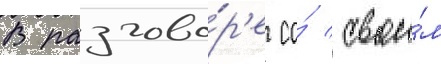
В разгово́р'е со́ свои́м